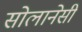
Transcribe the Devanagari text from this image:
सोलानेसी